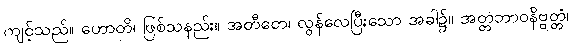
ကျင့်သည်။ ဟောတိ၊ ဖြစ်သနည်း။ အတီတေ၊ လွန်လေပြီးသော အခါ၌။ အတ္တဘာဝနိဗ္ဗတ္တံ၊